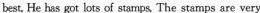
best. He has got lots of stamps The stamps are very